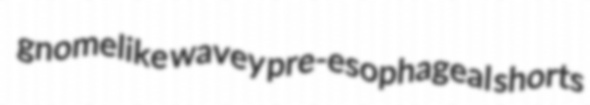
gnomelike wavey pre-esophageal shorts